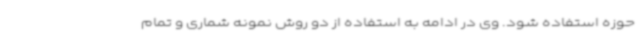
حوزه استفاده شود. وی در ادامه به استفاده از دو روش نمونه شماری و تمام